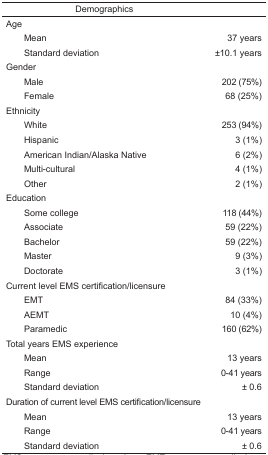
<table><thead><tr><td><b>Demographics</b></td><td></td></tr></thead><tbody><tr><td>Age</td><td></td></tr><tr><td> Mean</td><td>37 years</td></tr><tr><td> Standard deviation</td><td>±10.1 years</td></tr><tr><td>Gender</td><td></td></tr><tr><td> Male</td><td>202 (75%)</td></tr><tr><td> Female</td><td>68 (25%)</td></tr><tr><td>Ethnicity</td><td></td></tr><tr><td> White</td><td>253 (94%)</td></tr><tr><td> Hispanic</td><td>3 (1%)</td></tr><tr><td> American Indian/Alaska Native</td><td>6 (2%)</td></tr><tr><td> Multi-cultural</td><td>4 (1%)</td></tr><tr><td> Other</td><td>2 (1%)</td></tr><tr><td>Education</td><td></td></tr><tr><td> Some college</td><td>118 (44%)</td></tr><tr><td> Associate</td><td>59 (22%)</td></tr><tr><td> Bachelor</td><td>59 (22%)</td></tr><tr><td> Master</td><td>9 (3%)</td></tr><tr><td> Doctorate</td><td>3 (1%)</td></tr><tr><td>Current level EMS certification/licensure</td><td></td></tr><tr><td> EMT</td><td>84 (33%)</td></tr><tr><td> AEMT</td><td>10 (4%)</td></tr><tr><td> Paramedic</td><td>160 (62%)</td></tr><tr><td>Total years EMS experience</td><td></td></tr><tr><td> Mean</td><td>13 years</td></tr><tr><td> Range</td><td>0–41 years</td></tr><tr><td> Standard deviation</td><td>± 0.6</td></tr><tr><td>Duration of current level EMS certification/licensure</td><td></td></tr><tr><td> Mean</td><td>13 years</td></tr><tr><td> Range</td><td>0–41 years</td></tr><tr><td> Standard deviation</td><td>± 0.6</td></tr></tbody></table>